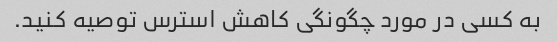
به کسی در مورد چگونگی کاهش استرس توصیه کنید.